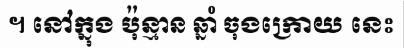
។ នៅក្នុង ប៉ុន្មាន ឆ្នាំ ចុងក្រោយ នេះ